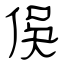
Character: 俁